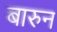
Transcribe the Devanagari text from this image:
बारुन